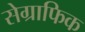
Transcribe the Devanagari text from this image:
सेग्राफिक